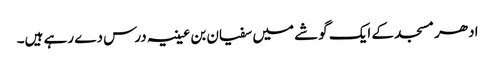
ادھر مسجد کے ایک گوشے میں سفیان بن عیینہ درس دے رہے ہیں۔